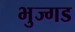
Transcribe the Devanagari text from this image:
भुज्गड